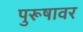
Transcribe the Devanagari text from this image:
पुरूषावर